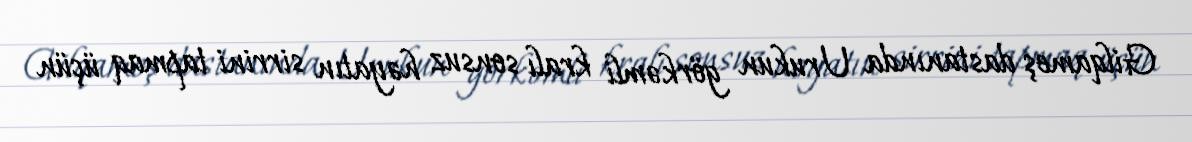
Gilqameş dastanında Urukun görkəmli kralı sonsuz həyatın sirrini tapmaq üçün